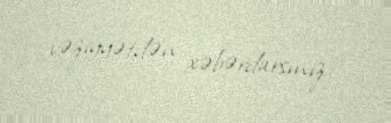
vəziyyətdən xəbərdarsınız.